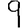
Digit: 9